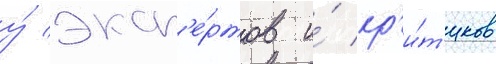
у́ эксп'е́ртов и́ кр'и́т'иков